Civil Veterinary Dept. Bombay admin report 1932-41 - 1932-1941
Year: 1932
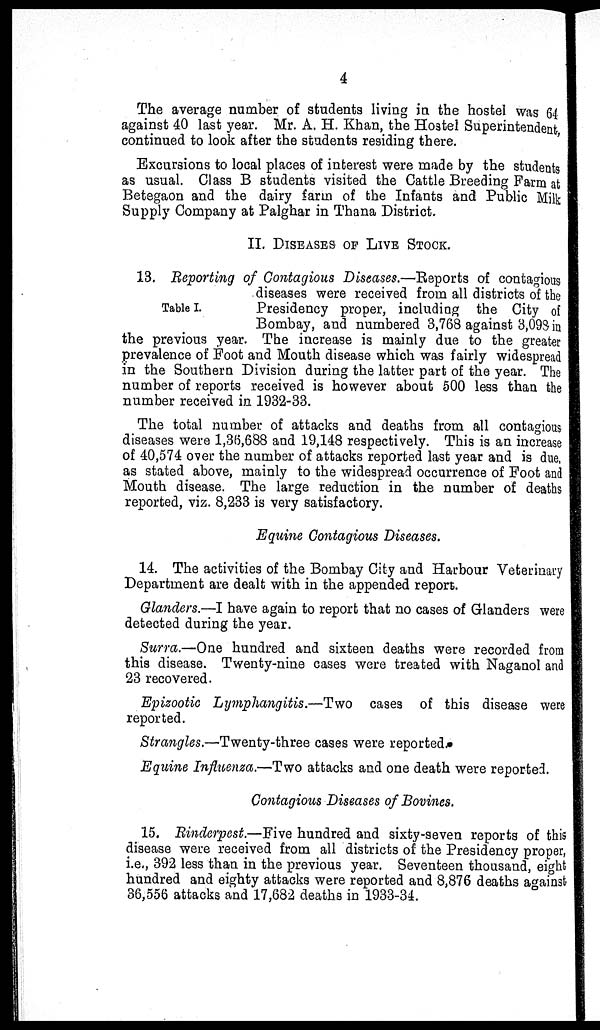
4
The average number of students living in the hostel was 64
against 40 last year. Mr. A. H. Khan, the Hostel Superintendent,
continued to look after the students residing there.
Excursions to local places of interest were made by the students
as usual. Class B students visited the Cattle Breeding Farm at
Betegaon and the dairy farm of the Infants and Public Milk
Supply Company at Palghar in Thana District.
II. DISEASES OF LIVE STOCK.
Table I.
13. Reporting of Contagious Diseases.—Reports of contagious
diseases were received from all districts of the
Presidency proper, including the City of
Bombay, and numbered 3,768 against 3,098 in
the previous year. The increase is mainly due to the greater
prevalence of Foot and Mouth disease which was fairly widespread
in the Southern Division during the latter part of the year. The
number of reports received is however about 500 less than the
number received in 1932-33.
The total number of attacks and deaths from all contagious
diseases were 1,36,688 and 19,148 respectively. This is an increase
of 40,574 over the number of attacks reported last year and is due,
as stated above, mainly to the widespread occurrence of Foot and
Mouth disease. The large reduction in the number of deaths
reported, viz. 8,233 is very satisfactory.
Equine Contagious Diseases.
14. The activities of the Bombay City and Harbour Veterinary
Department are dealt with in the appended report.
Glanders.—I have again to report that no cases of Glanders were
detected during the year.
Surra.—One hundred and sixteen deaths were recorded from
this disease. Twenty-nine cases were treated with Naganol and
23 recovered.
Epizootic Lymphangitis.—Two
cases of this disease were
reported.
Strangles.—Twenty-three cases were reported.
Equine Influenza.—Two attacks and one death were reported.
Contagious Diseases of Bovines.
15. Rinderpest.—Five hundred and sixty-seven reports of this
disease were received from all districts of the Presidency proper,
i.e., 392 less than in the previous year. Seventeen thousand, eight
hundred and eighty attacks were reported and 8,876 deaths against
36,556 attacks and 17,682 deaths in 1933-34.